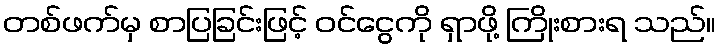
တစ်ဖက်မှ စာပြခြင်းဖြင့် ဝင်ငွေကို ရှာဖို့ ကြိုးစားရ သည်။